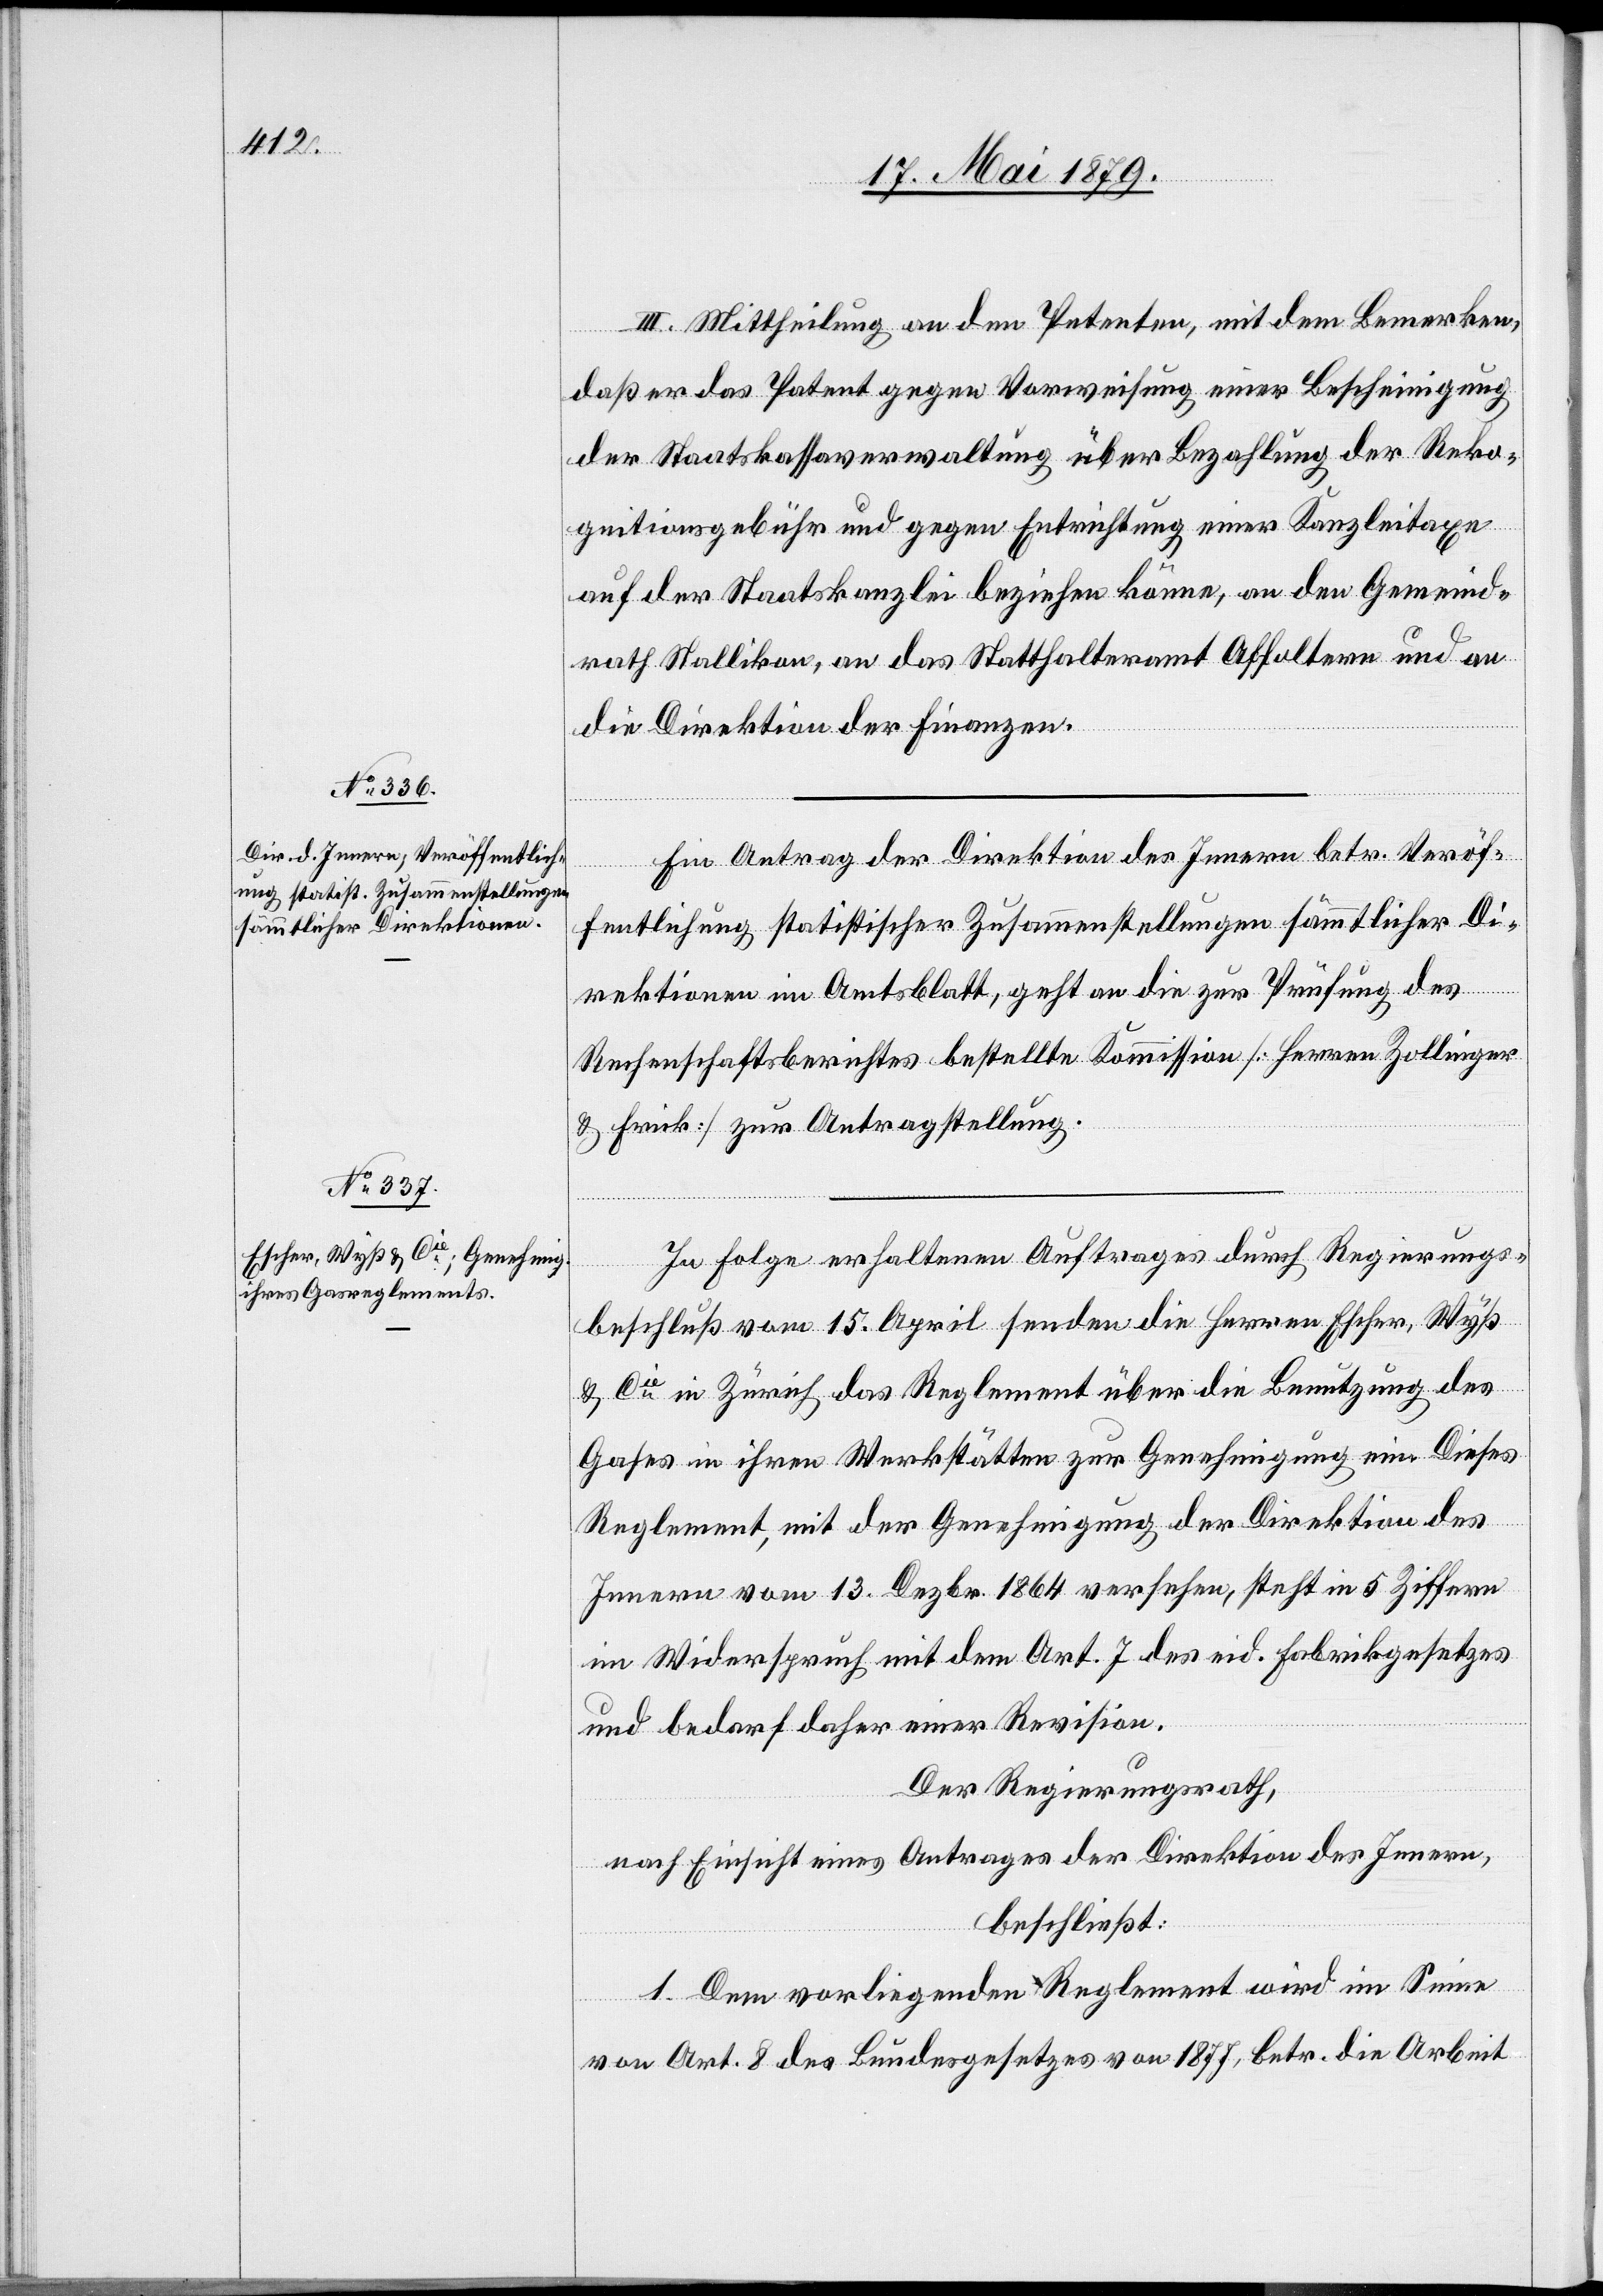
III. Mittheilung an den Petenten, mit dem Bemerken,
daß er das Patent gegen Vorweisung einer Bescheinigung
der Staatskassaverwaltung über Bezahlung der Reko¬
gnitionsgebühr und gegen Entrichtung einer Kanzleitaxe
auf der Staatskanzlei beziehen könnte, an den Gemeind¬
rath Stallikon, an das Statthalteramt Affoltern und an
die Direktion der Finanzen.
Ein Antrag der Direktion des Innern betr. Veröf¬
fentlichung statistischer Zusammenstellungen sämmtlicher Di¬
rektionen im Amtsblatt, geht an die zur Prüfung des
Rechenschaftsberichtes bestellte Kommission [Herren Zollinger
& Frick] zur Antragstellung.
In Folge erhaltenen Auftrages durch Regierungs¬
beschluß vom 15. April senden die Herren Escher, Wyß
& Cie in Zürich das Reglement über die Benutzung des
Gases in ihren Werkstätten zur Genehmigung ein. Dieses
Reglement, mit der Genehmigung der Direktion des
Innern vom 13. Dezbr. 1864 versehen, steht in 5 Ziffern
im Widerspruch mit dem Art. 7 des eid. Fabrikgesetzes
und bedarf daher einer Revision.
Der Regierungsrath,
nach Einsicht eines Antrages der Direktion des Innern,
beschließt:
1. Dem vorliegenden Reglement wird im Sinne
von Art. 8 des Bundesgesetzes von 1877, betr. die Arbeit